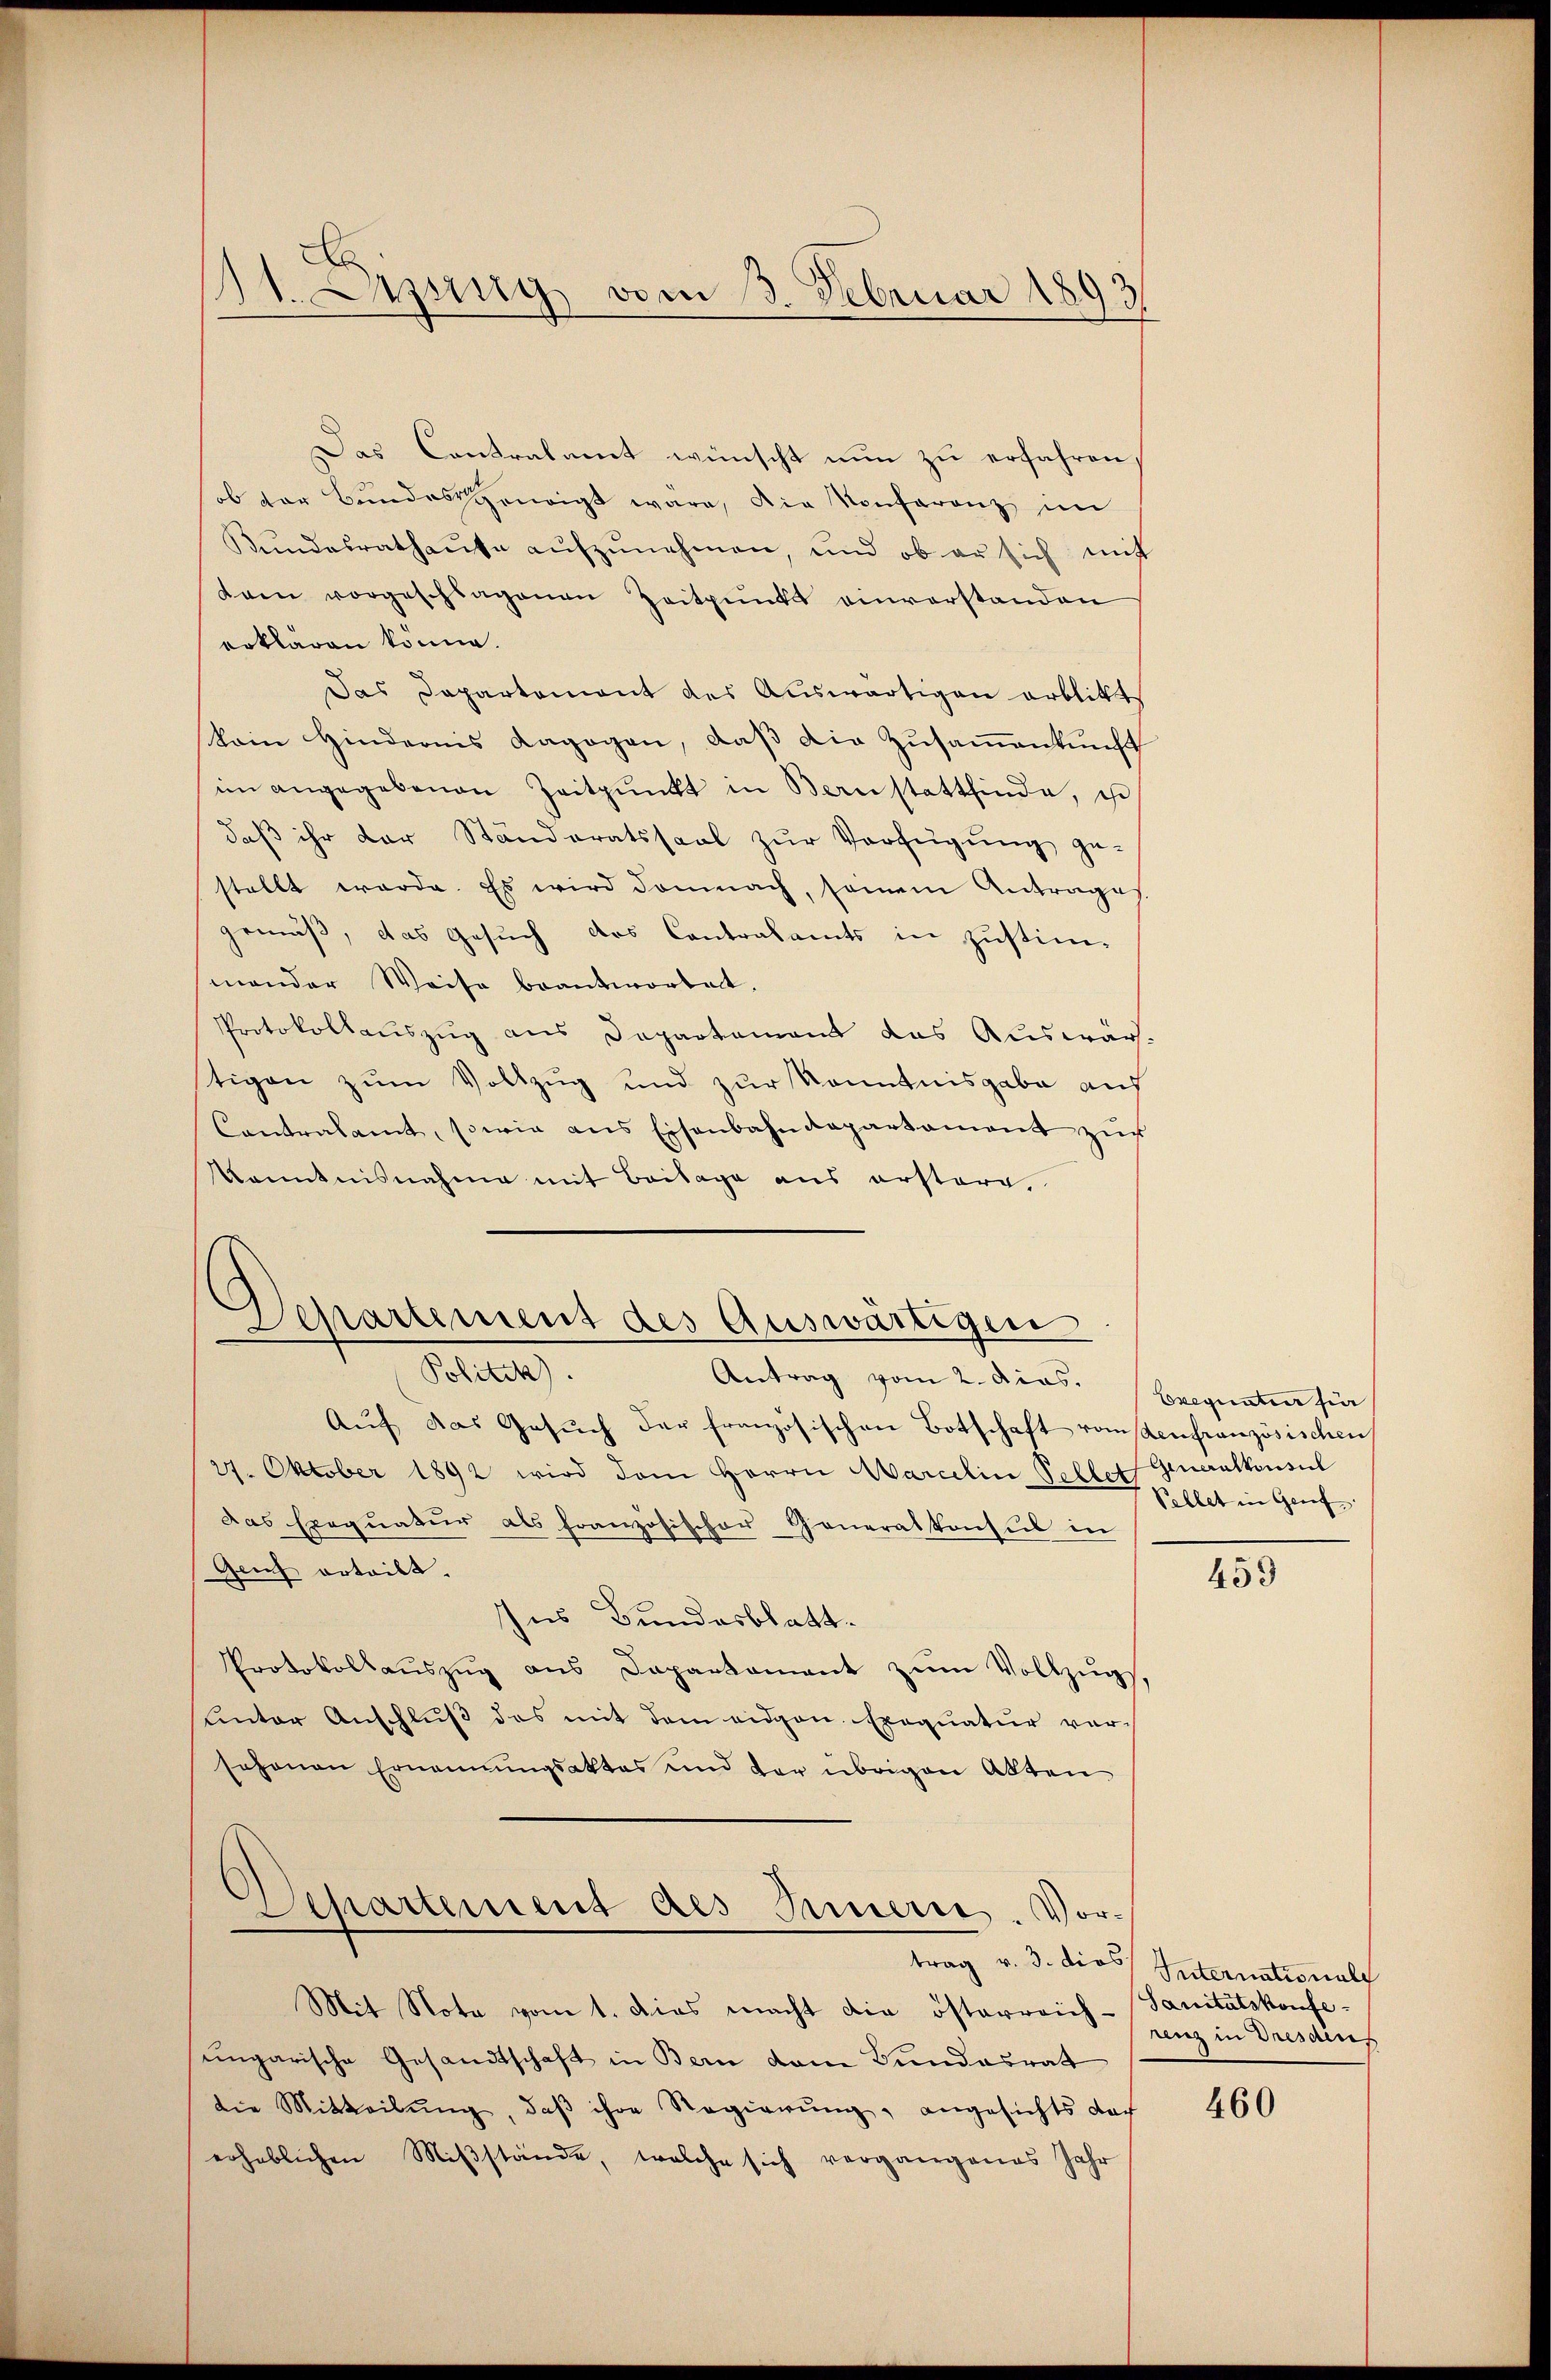
11. Aiig vom 3. Februar 1893.

Das Contralamt wünscht nun zu erfahren,
ob vor Bundesseneigt wäre, die Konferenz im
Bundesrathause aufzunehmen, und ob er sich mit
dam vorgeschlagenen Zeitpunkt einverstanden
erklären könne.
Das Departement des Auswärtigen erblitt
kein Hindernis Lagogen, daß die Zusammenkunft
im angegebenen Zeitpunkt in Bernstattfinde, ist
daβ ihr der Ständeratssaal zŭr Verfügŭng ge-
stellt werde. Es wird demnach, semein Antrage
gemäß, das Gesuch des Contralamts in zustim-
mander Weise beantwortet.
Protokollauszug aus Departament das Auswärtigen zum Vollzug und zur Kenntnisgabe auf
Contralamt, sowie ans Eisenbahndepartament zŭr
Kenntnisnahme mit Beitage aus erstere,

Lepartement des Auswärtigen
Politik.
Antrag vom 2. Dios. Brequentier fie

Aŭf das Gesŭch der französischen Botschaft vom Aeufranzösischen
27. Oktober 1892 wird dem Herrn Marcelin Pellet Generalkonsul
Das Exequatur als französischer Generalkonsul in
Genf erteilt.
Ins Bundesblatt.
Protokollauszug aus Dapartament zum Vollzugsunter Anschluß des mit dem eidgen Exequatur vor-
schonen Ernennungsaktes und der übrigen Akten,

Departement des Inneris. Vor¬

Pellet in Genf

Mit Note vom 1. Dies macht die österreich-Sanitätskonfe-
ungarische Gesandtschaft in Bern vom Bundesrat
die Mitteilŭng, daβ ihre Regierŭng, angesichts dar
erheblichen Miβstände, welche sich vergangenes Jahr

459

trag v. 3. dies Internationale
renz in Dresden

460